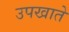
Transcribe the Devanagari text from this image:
उपखाते